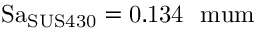
\mathrm { S a _ { S U S 4 3 0 } = 0 . 1 3 4 \ \ m u m }